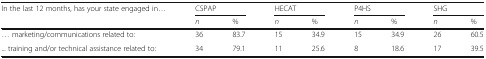
<table><thead><tr><td rowspan="2"><b>In the last 12 months, has your state engaged in...</b></td><td colspan="2"><b>CSPAP</b></td><td colspan="2"><b>HECAT</b></td><td colspan="2"><b>P4HS</b></td><td colspan="2"><b>SHG</b></td></tr><tr><td><b><i>n</i></b></td><td><b>%</b></td><td><b><i>n</i></b></td><td><b>%</b></td><td><b><i>n</i></b></td><td><b>%</b></td><td><b><i>n</i></b></td><td><b>%</b></td></tr></thead><tbody><tr><td>... marketing/communications related to:</td><td>36</td><td>83.7</td><td>15</td><td>34.9</td><td>15</td><td>34.9</td><td>26</td><td>60.5</td></tr><tr><td>... training and/or technical assistance related to:</td><td>34</td><td>79.1</td><td>11</td><td>25.6</td><td>8</td><td>18.6</td><td>17</td><td>39.5</td></tr></tbody></table>